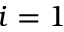
i = 1